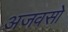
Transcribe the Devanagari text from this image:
अजवसो